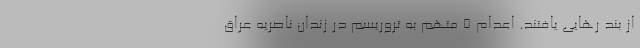
از بند رهایی یافتند. اعدام ۵ متهم به تروریسم در زندان ناصریه عراق